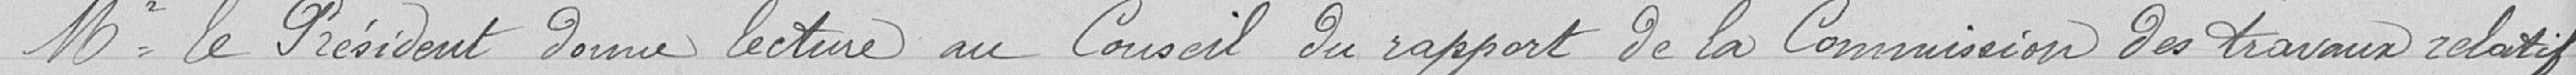
Mr le Président donne lecture au Conseil du rapport de la Commission des travaux relatif